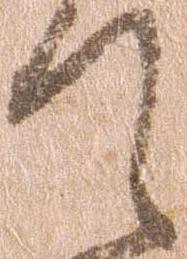
て